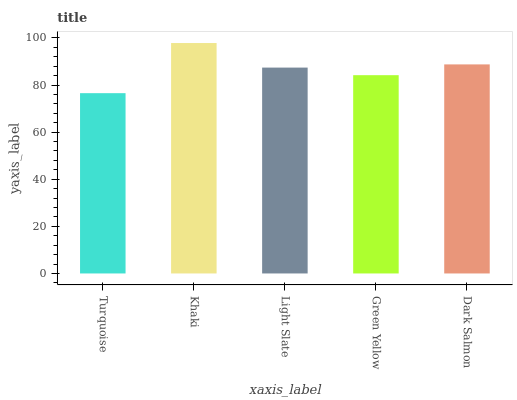
| xaxis_label | bars |
 | --- | --- |
 | Turquoise | 76.6 |
 | Khaki | 97.8 |
 | Light Slate | 87.4 |
 | Green Yellow | 84.2 |
 | Dark Salmon | 88.8 |